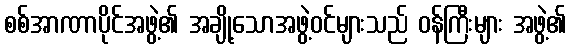
စစ်အာဏာပိုင်အဖွဲ့၏ အချို့သောအဖွဲ့ဝင်များသည် ဝန်ကြီးများ အဖွဲ့၏